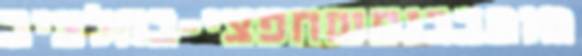
מוטבבנפשחפצי-בהלציב